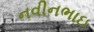
નવીનભાઇ